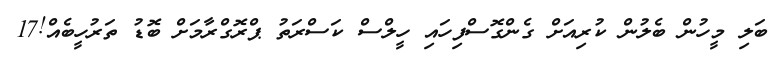
ބަލި މީހުން ބެލުން ކުރިއަށް ގެންގޮސްފިހައި ހީލްސް ކަސްރަތު ޕްރޮގްރާމަށް ބޮޑު ތަރުހީބެއް!17